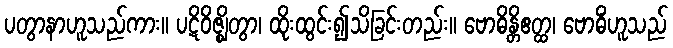
ပတွာနာဟူသည်ကား။ ပဋိဝိဇ္ဈိတွာ၊ ထိုးထွင်း၍သိခြင်းတည်း။ ဗောဓိန္တိဧတ္ထ၊ ဗောဓိံဟူသည်